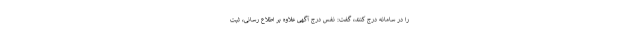
را در سامانه درج کنند، گفت: نفس درج آگهی علاوه بر اطلاع رسانی، ثبت